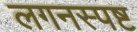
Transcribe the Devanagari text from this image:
लगनस्पष्ट